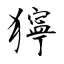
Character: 獰